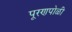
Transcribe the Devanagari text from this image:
पूरणपोळी